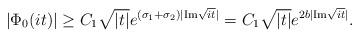
LaTeX: \begin{align*} |\Phi_0(it)|\ge C_1 \sqrt{|t|}e^{(\sigma_1+\sigma_2)|{\rm Im}\sqrt{it}|}=C_1 \sqrt{|t|}e^{2b|{\rm Im}\sqrt{it}|}.\end{align*}